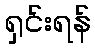
ရှင်းရန်